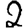
Digit: 2